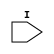
module OPT_UIM (I);


    input  I;

endmodule